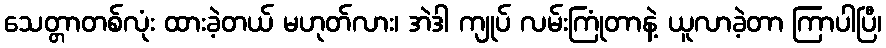
သေတ္တာတစ်လုံး ထားခဲ့တယ် မဟုတ်လား၊ အဲဒါ ကျုပ် လမ်းကြုံတာနဲ့ ယူလာခဲ့တာ ကြာပါပြီ၊